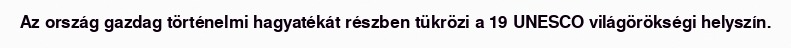
Az ország gazdag történelmi hagyatékát részben tükrözi a 19 UNESCO világörökségi helyszín.